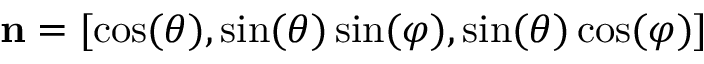
\mathbf { n } = [ \cos ( \theta ) , \sin ( \theta ) \sin ( \varphi ) , \sin ( \theta ) \cos ( \varphi ) ]